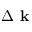
\Delta \textbf { k }